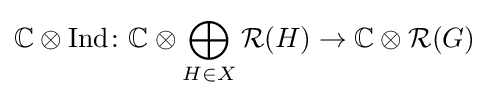
\mathbb {C} \otimes {\text{Ind}}\colon \mathbb {C} \otimes \bigoplus _{H\in X}{\mathcal {R}}(H)\to \mathbb {C} \otimes {\mathcal {R}}(G)